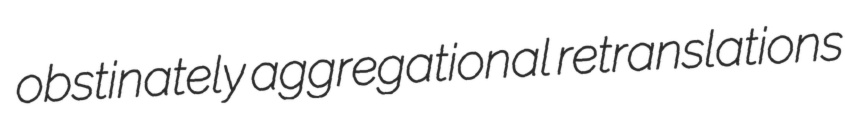
obstinately aggregational retranslations